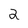
Character: 2